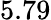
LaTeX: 5.79